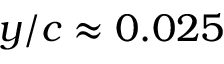
y / c \approx 0 . 0 2 5